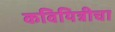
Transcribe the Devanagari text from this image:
कवियित्रीचा